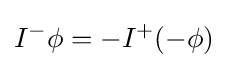
I^{-}\phi =-I^{+}(-\phi )